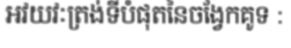
អវយវៈត្រង់ទីបំផុតនៃចង្វែកគូទ :